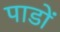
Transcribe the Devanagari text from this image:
पाडों